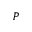
{ \cal P }